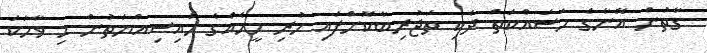
ގާތުން އޭނާގެ މަސައްކަތް ދެކި ތަޖުރިބާކޮށްފައި ހުރި މީހެއްގެ ހައިސިއްޔަތުން މި ވާހަކަ